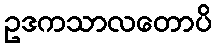
ဥဒကသာလတောပိ